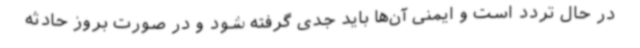
در حال تردد است و ایمنی آن‌ها باید جدی گرفته شود و در صورت بروز حادثه‌